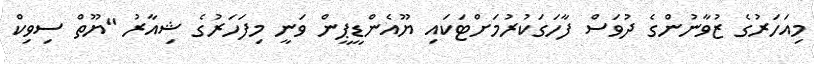
މިއަހަރުގެ ޒުވާނުންގެ ދުވަސް ފާހަގަކުރުމަށްޓަކައި ޔޫއެންޑީޕީން ވަނީ މިފަހަރުގެ ޝިއާރު "ޔޫތް ސިވިކް